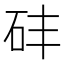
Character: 䂜